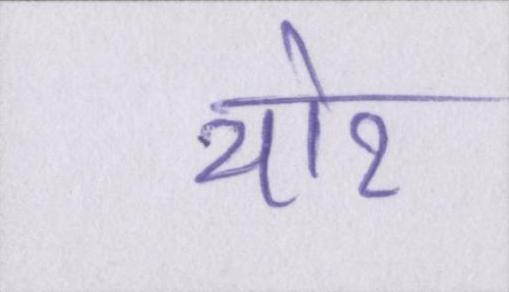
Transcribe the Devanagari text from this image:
थोर